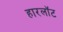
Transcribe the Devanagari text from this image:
हारलॉट